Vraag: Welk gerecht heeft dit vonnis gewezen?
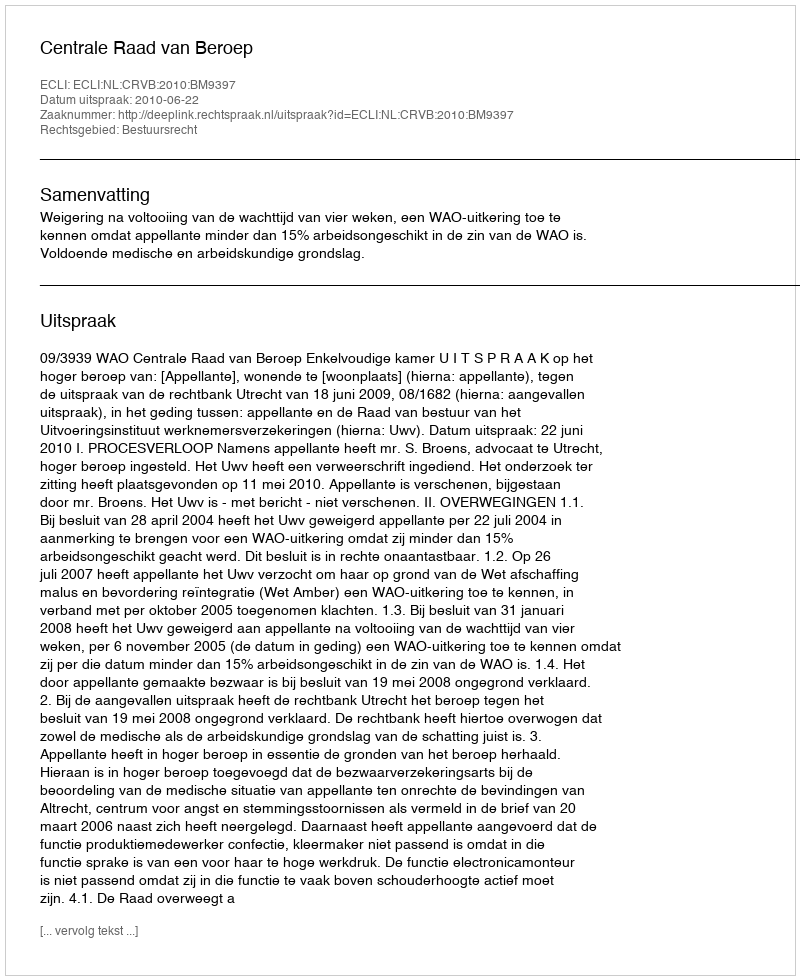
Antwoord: Centrale Raad van Beroep